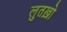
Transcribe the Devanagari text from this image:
लुतख़ो